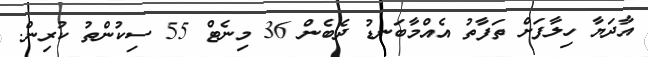
އާދަޔާ ހިލާފަށް ތަފާތު އެއްމާބަނޑު ދެބެން 36 މިނެޓް 55 ސިކުންތު ކުރިން.